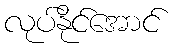
လုပ်နိုင်အောင်